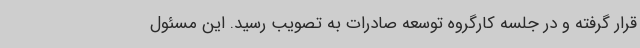
قرار گرفته و در جلسه کارگروه توسعه صادرات به تصویب رسید. این مسئول